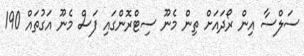
ސަލްސާ އިން ރޯދައަށް ތިން މެނޫ ސިޓްރޮންގައި ފަސް މެނޫ އަގުތައް 190